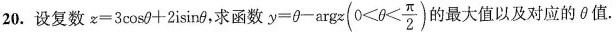
20. 设复数$$z=3\cos \theta +2\isin \theta ，求函数$$y= \theta - argz(0< \theta < \frac{\pi}{2})$$ 的最大值以及对应的\theta值.